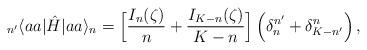
LaTeX: \begin{align*}_{n'}\langle aa |\hat{H}| aa\rangle_n = \Big[\frac{I_n(\zeta)}{n} + \frac{I_{K-n}(\zeta)}{K-n}\Big]\,\Big(\delta_n^{n'}+\delta_{K-n'}^n\Big)\,,\end{align*}